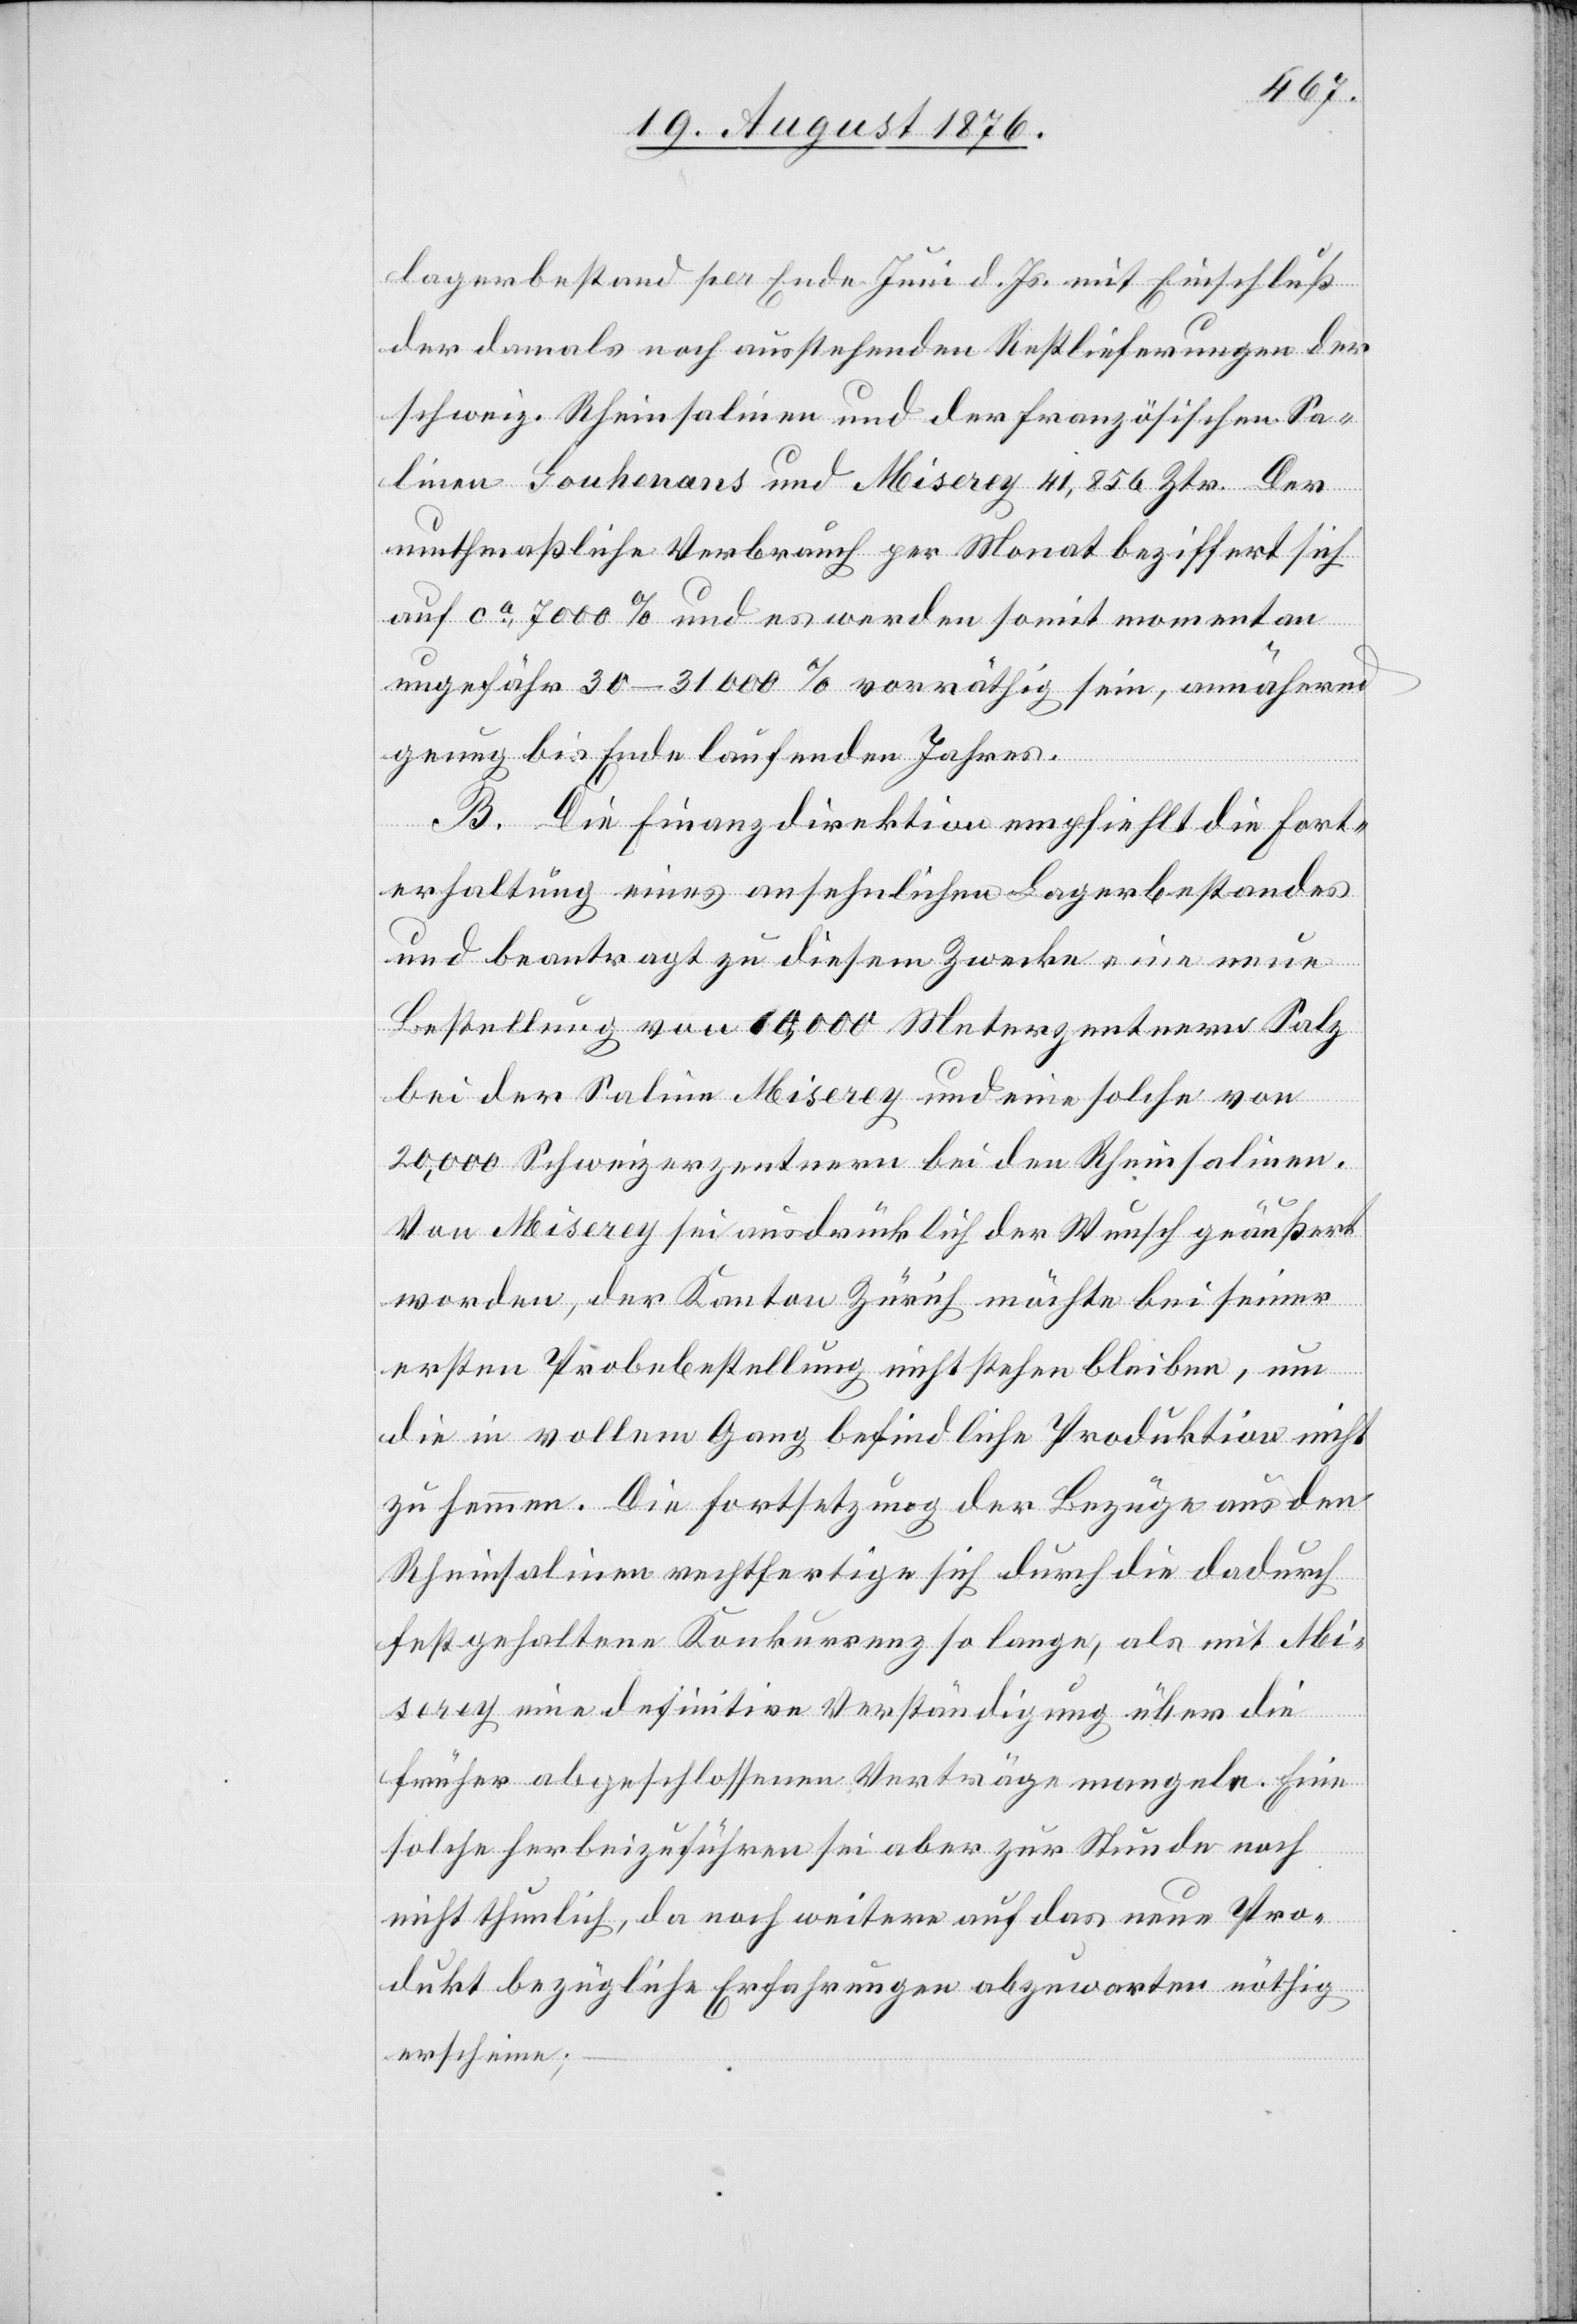
lagerbestand per Ende Juni d. Js. mit Einschluß
der damals noch ausstehenden Restlieferungen der
schweiz. Rheinsalinen und der französischen Sa¬
linen Gouhenans und Miserey 41,856 Ztr. Der
muthmaßliche Verbrauch per Monat beziffert sich
auf ca 7000 % und es werden somit momentan
ungefähr 30–31000 % vorräthig sein, annähernd
genug bis Ende laufenden Jahres.
B. Die Finanzdirektion empfiehlt die Fort¬
erhaltung eines ansehnlichen Lagerbestandes
und beantragt zu diesem Zwecke eine neue
Bestellung von 10,000 Meterzentnern Salz
bei der Saline Miserey und eine solche von
20,000. Schweizerzentnern bei den Rheinsalinen.
Von Miserey sei ausdrücklich der Wunsch geäußert
worden, der Kanton Zürich möchte bei seiner
ersten Probebestellung nicht stehen bleiben, um
die in vollem Gang befindliche Produktion nicht
zu hemmen. Die Fortsetzung der Bezüge aus den
Rheinsalinen rechtfertige sich durch die dadurch
festgehaltene Konkurrenz so lange, als mit Mi¬
serey eine definitive Verständigung über die
früher abgeschlossenen Verträge mangele. Eine
solche herbeizuführen sei aber zur Stunde noch
nicht thunlich, da noch weitere auf das neue Pro¬
dukt bezügliche Erfahrungen abzuwarten nöthig
erscheinen;